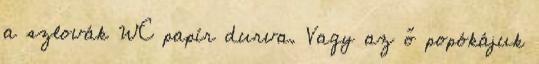
a szlovák WC papír durva. Vagy az ő popókájuk